Punjab Mental Hospital Lahore 1932-46 - 1932-1946
Year: 1932
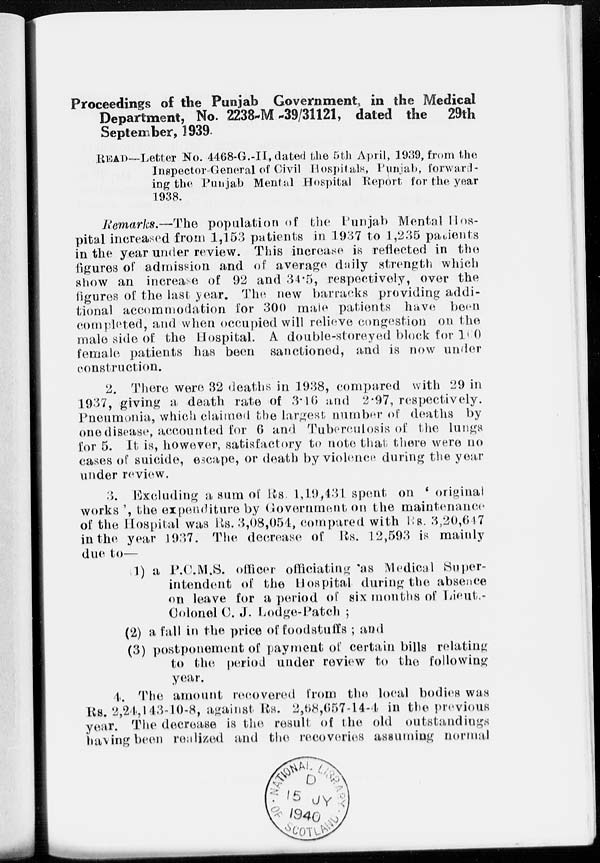
Proceedings of the Punjab Government in the Medical
Department, No. 2238-M -39/31121, dated the
29th
September, 1939.
READ—Letter No. 4468-G.-II, dated the 5th April, 1939, from the
Inspector General of Civil Hospitals, Punjab, forward-
ing the Punjab Mental Hospital Report for the year
1938.
Remarks.—The
population of the Punjab Mental Hos-
pital increased from 1,153 patients in 1937 to 1,235 patients
in the year under review. This increase is reflected in the
figures of admission and of average daily strength which
show an increase of 92 and 34.5, respectively, over the
figures of the last year. The new barracks providing addi-
tional accommodation for 300 male patients have been
completed, and when occupied will relieve congestion on the
male side of the Hospital. A double-storeyed block for 100
female patients has been sanctioned, and is now under
construction.
2. There were 32 deaths in 1938, compared with 29 in
1937, giving a death rate of 3.16 and 2.97, respectively.
Pneumonia, which claimed the largest number of deaths by
one disease, accounted for 6 and Tuberculosis of the lungs
for 5. It is, however, satisfactory to note that there were no
cases of suicide, escape, or death by violence during the year
under review,
3. Excluding a sum of Rs. 1,19,431 spent on ' original
works ', the expenditure by Government on the maintenance
of the Hospital was Rs. 3,08,054, compared with Rs. 3,20,617
in the year 1937. The decrease of Rs. 12,593 is mainly
due to—
1) a P.C.M.S. officer officiating as Medical Super-
intendent of the Hospital during the absence
on leave for a period of six months of Lieut.-
Colonel C. J. Lodge-Patch ;
(2) a fall in the price of foodstuffs ; and
(3) postponement of payment of certain bills relating
to the period under review to the following
year.
4. The amount recovered from the local bodies was
Rs. 2,24,143-10-8, against Rs. 2,68,657-14-4 in the previous
year. The decrease is the result of the old outstandings
having been realized and the recoveries assuming normal